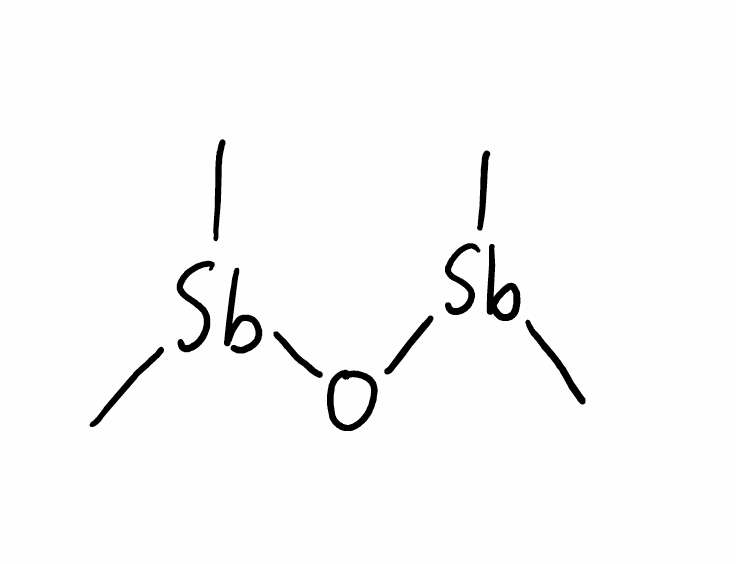
Simplified molecular-input line-entry system (SMILES) notation of the given molecule:
C[Sb](C)O[Sb](C)C